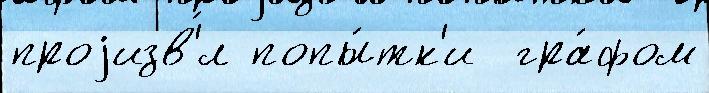
проjизв'́л попы́тк'и  гра́фом